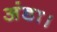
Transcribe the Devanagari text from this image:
अंडा।